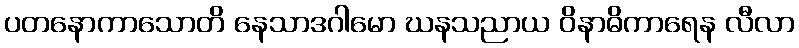
ပတနောကာသောတိ နေသာဒဂါမော ဃနသညာယ ဝိနာဓိကာရေန လီလာ